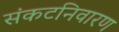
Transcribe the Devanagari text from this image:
संकटनिवारण